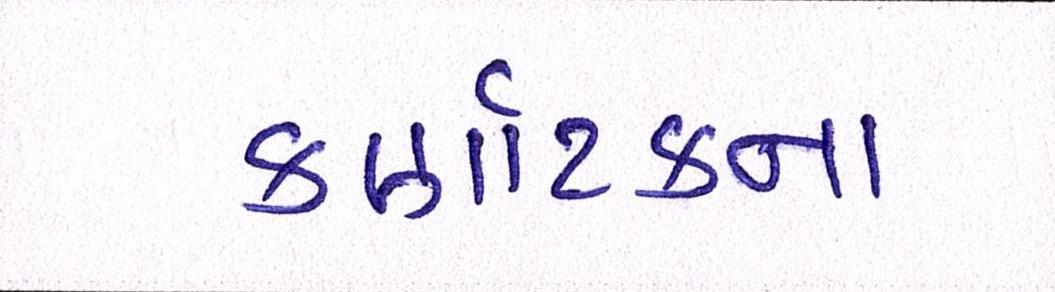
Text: કર્ણાટકના